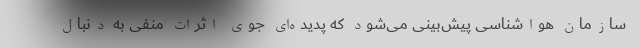
سازمان هواشناسی پیش‌بینی می‌شود که پدیده‌ای جوی اثرات منفی به دنبال